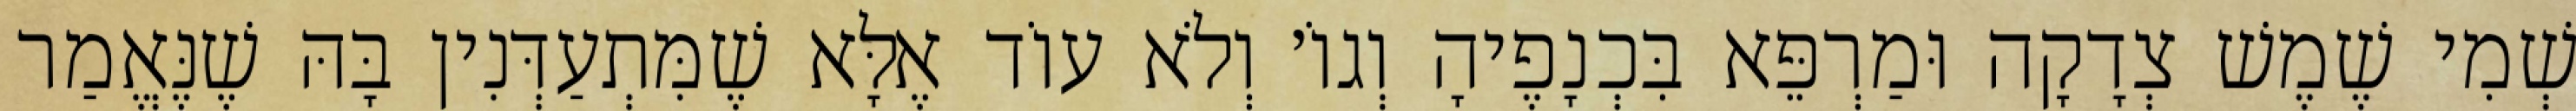
שְׁמִי שֶׁמֶשׁ צְדָקָה וּמַרְפֵּא בִּכְנָפֶיהָ וְגוֹ׳ וְלֹא עוֹד אֶלָּא שֶׁמִּתְעַדְּנִין בָּהּ שֶׁנֶּאֱמַר